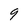
Character: 9